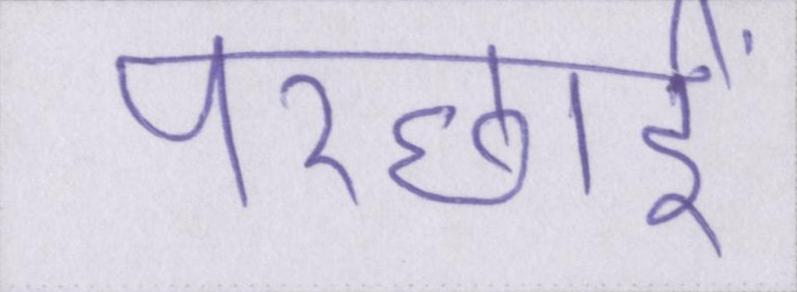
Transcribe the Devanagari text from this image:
परछाईं